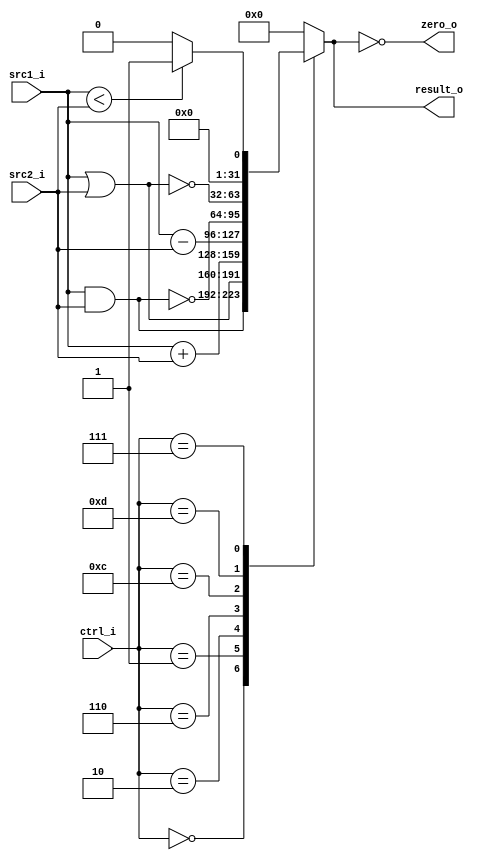
//Subject:     CO project 2 - ALU
//--------------------------------------------------------------------------------
//Version:     1
//--------------------------------------------------------------------------------
//Writer:      Huang Szuyi
//----------------------------------------------
//----------------------------------------------
//Description: 32-bit alu with AND, OR, ADD, SUB, NOR, NAND, SLT and zeor
//             detect
//--------------------------------------------------------------------------------

module ALU(
  src1_i,
	src2_i,
	ctrl_i,
	result_o,
	zero_o
	);

//I/O ports
input  [32-1:0]  src1_i;
input  [32-1:0]	 src2_i;
input  [4-1:0]   ctrl_i;

output [32-1:0]	 result_o;
output           zero_o;

//Internal signals
reg    [32-1:0]  result_o;
wire             zero_o;

//Parameter
parameter  ALU_AND  = 4'b0000;
parameter  ALU_OR   = 4'b0001;
parameter  ALU_ADD  = 4'b0010;
parameter  ALU_SUB  = 4'b0110;
parameter  ALU_NOR  = 4'b1100;
parameter  ALU_NAND = 4'b1101;
parameter  ALU_SLT  = 4'b0111;
//Main function
assign zero_o = (result_o == 0); //if result_o == 0

always @(ctrl_i, src1_i, src2_i) begin
  case (ctrl_i)
    ALU_AND : result_o <= src1_i & src2_i;
    ALU_OR  : result_o <= src1_i | src2_i;
    ALU_ADD : result_o <= src1_i + src2_i;
    ALU_SUB : result_o <= src1_i - src2_i;
    ALU_NOR : result_o <= ~(src1_i & src2_i);
    ALU_NAND: result_o <= ~(src1_i | src2_i);
    ALU_SLT : result_o <= (src1_i < src2_i) ? 1 : 0;
    default : result_o <= 0;
  endcase
end

endmodule